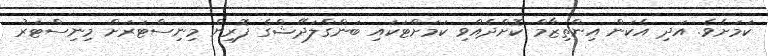
ކަމަށެވެ. އަދި އެކަން އިންތިޒާމް ކޮށްދެއްވި ކަމަށްޓަކައި ބަންގްލަދޭޝްގެ ފޮރިން މިނިސްޓަރަށް މިނިސްޓަރު